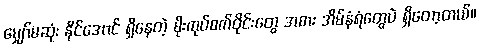
မျှော်မဆုံး နိုင်အောင် ရှိနေတဲ့ မိုးကုပ်စက်ဝိုင်းတွေ အစား အိမ်နံရံတွေပဲ ရှိတော့တယ်။